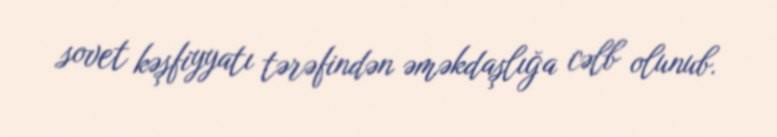
sovet kəşfiyyatı tərəfindən əməkdaşlığa cəlb olunub.